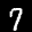
Label: 7